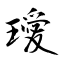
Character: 璦